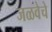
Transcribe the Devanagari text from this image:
जळवेचे